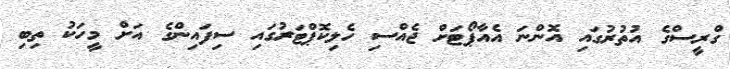
ގްރީސްގެ އުތުރުގައި އޮންނަ އެއާޕޯޓަށް ޖެއްސި ހެލިކޮޕްޓަރުގައި ސިފައިންގެ އަށް މީހަކު ތިބި